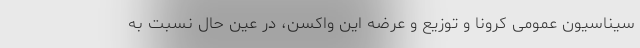
سیناسیون عمومی کرونا و توزیع و عرضه این واکسن، در عین حال نسبت به